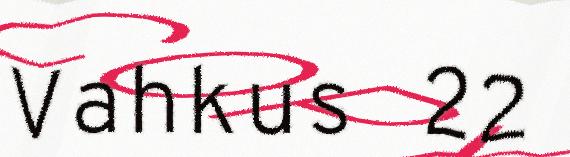
Vahkus 22